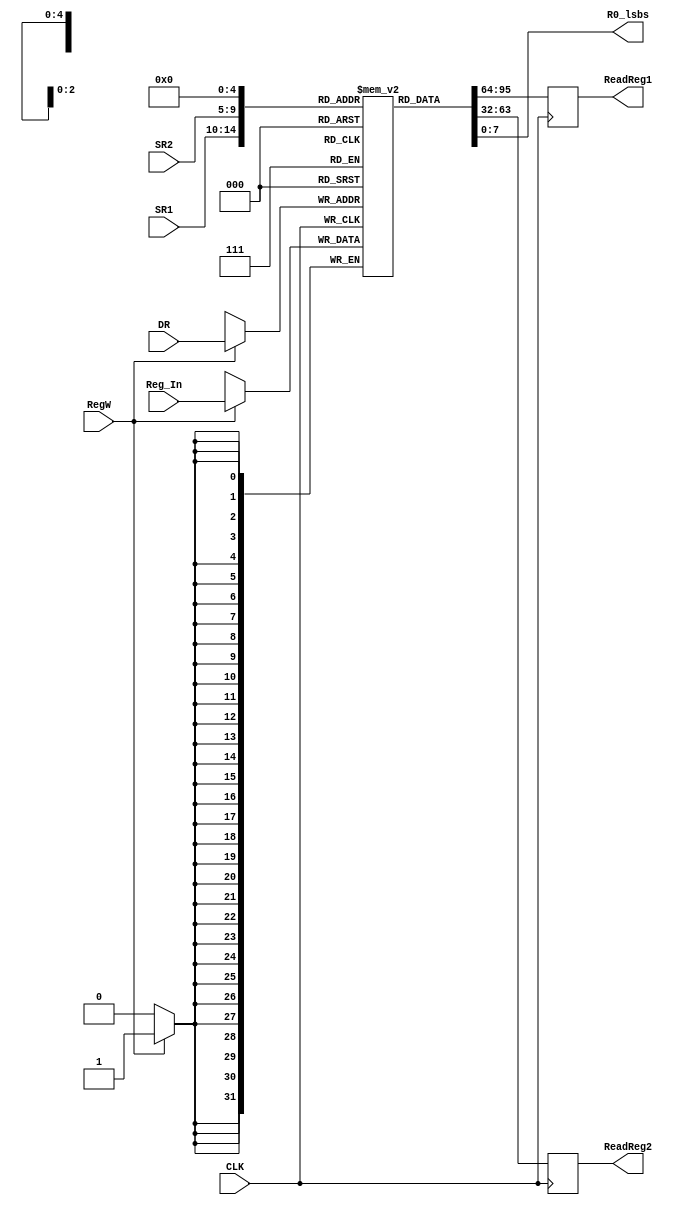
`timescale 1ns / 1ps
//////////////////////////////////////////////////////////////////////////////////
// Company: 
// Engineer: 
// 
// Design Name: 
// Module Name: REG
// Project Name: 
// Target Devices: 
// Tool Versions: 
// Description: 
// 
// Dependencies: 
// 
// Revision:
// Revision 0.01 - File Created
// Additional Comments:
// 
//////////////////////////////////////////////////////////////////////////////////

module REG( input CLK,
            input RegW,
            input [4:0] DR,
            input [4:0] SR1,
            input [4:0] SR2,
            input [31:0] Reg_In,
            output reg [31:0] ReadReg1,
            output reg [31:0] ReadReg2, 
            output [7:0] R0_lsbs);
              
reg [31:0] REG [0:31]; 
integer i;
 
initial begin 
    ReadReg1 = 0; 
    ReadReg2 = 0;
    for (i = 0; i < 32; i = i + 1) begin 
        REG[i] = 0; 
    end 
end 

always @(posedge CLK) begin 
    if(RegW == 1'b1) begin
        REG[DR] <= Reg_In[31:0]; 
    end
    
    ReadReg1 <= REG[SR1]; 
    ReadReg2 <= REG[SR2];
end

assign R0_lsbs = REG[0][7:0]; 

endmodule